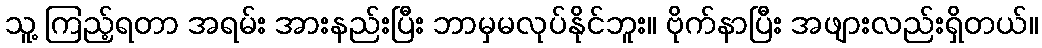
သူ့ ကြည့်ရတာ အရမ်း အားနည်းပြီး ဘာမှမလုပ်နိုင်ဘူး။ ဗိုက်နာပြီး အဖျားလည်းရှိတယ်။